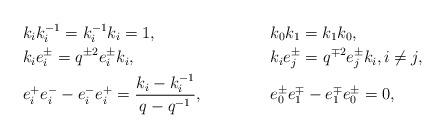
LaTeX: \begin{align*}&k_ik_i^{-1} = k_i^{-1}k_i = 1, &&k_0k_1 = k_1k_0,\\&k_ie_i^{\pm} = q^{\pm2}e_i^{\pm}k_i,&&k_ie_j^{\pm} = q^{\mp2}e_j^{\pm}k_i, i \neq j, \\&e_i^+e_i^- - e_i^-e_i^+ = \frac{k_i - k_i^{-1}}{q-q^{-1}}, &&e_0^{\pm}e_1^{\mp} - e_1^{\mp}e_0^{\pm} = 0,\end{align*}